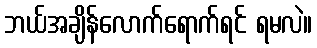
ဘယ်အချိန်လောက်ရောက်ရင် ရမလဲ။